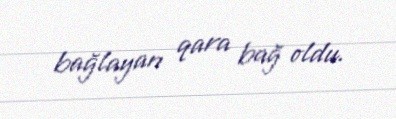
bağlayan qara bağ oldu.